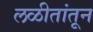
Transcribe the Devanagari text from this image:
लळीतांतून